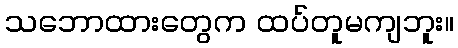
သဘောထားတွေက ထပ်တူမကျဘူး။